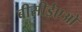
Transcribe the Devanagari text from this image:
बीसीईएओ